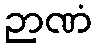
ဉာဏံ